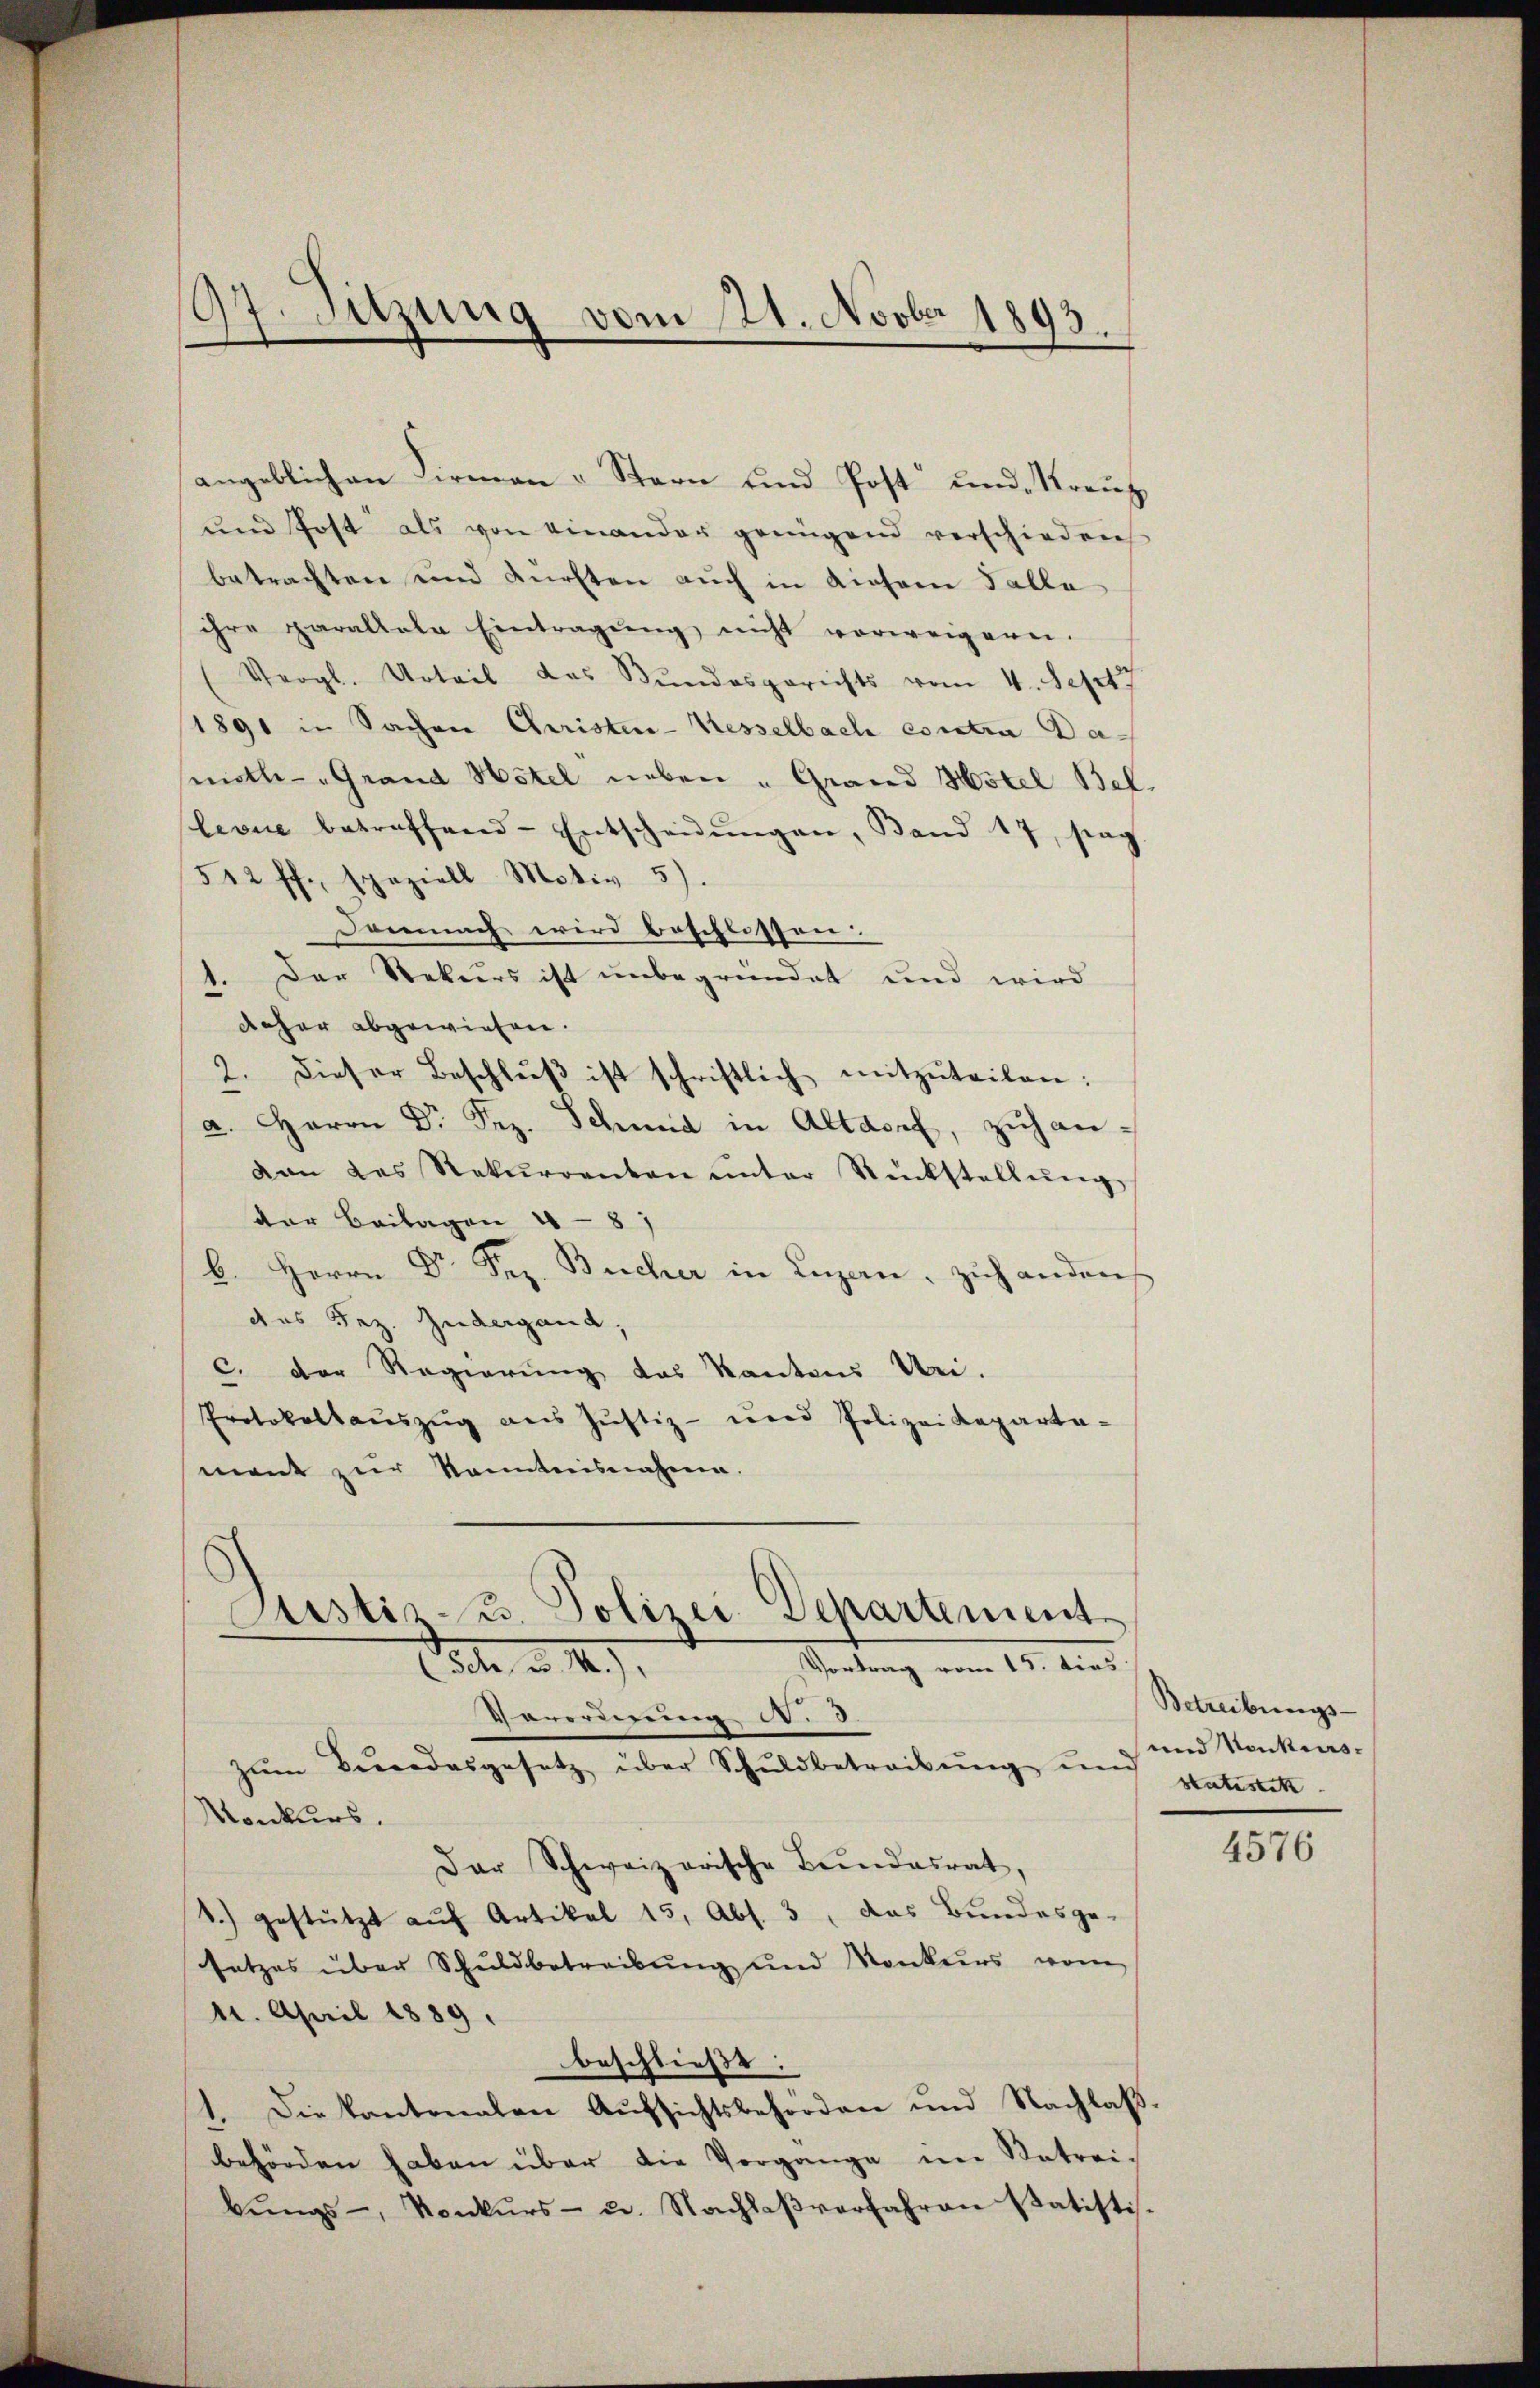
97. Sitzung vom 21. Novber 1893.

angeblichen Firmen - Stern und Post und Kreuz
und Post als von einander genügend verschieden
betrachten und dürften auch in diesem Falle
ihre paraltale Eintragŭng nicht vorweigern.
Vergl. Urteil das Bundesgerichts vom 4. Sept
1891 in Sachen Christen-Kesselbach entra Damoth.-Grand Hotel neben „Grand Hotel Bel.
levue betreffend Entscheidŭngen, Band 17, sag
542 ff., speziell Motiv 5).
Demnach wird beschlossen.
1. Der Rekurs ist unbegründet und wird
daher abgewiesen.
2. Dieser Beschlŭβ ist schriftlich mitzŭteilen:
a. Herrn Dr. Sez. Schmid in Altdorf, zŭhandan das Rekurrenten ŭnter Rückstellŭng
der Beilagen 481
b. Herrn Dr. Sep. Bischer in Luzern, zuhanden
das Sez. Zudergand,
C. der Regierung des Kanton Uri.
Protokollaŭszŭg aŭs Jŭstiz- und Polizeideparta-
mant zur Kenntnisnahme.

Justiz- u. Polizei-Departement
Sietung vom 15. dies
Str. d. 14),
Verordnung Nr. 3.

zum Brodesgesetz über Schuldbetreibŭng und patreck
Monkurs.
Der Schweizerische Bundesrat,
1.) gestützt auf Artikel 15, Abs. 3, das Bundesge-
setzes über Schuldbetreibŭng und Konkurs vom
11. April 1889.
beschließt:
1. Die Kantonalen Aŭfsichtsbehörden und Nachlaβ.
behörden haben über die Vergange im Betreibŭngs-, Konkŭrs- u. Nachlaβverfahren statistis.

Betreibungs-
und Konkurs¬

4576